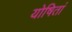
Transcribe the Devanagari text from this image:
योषितां